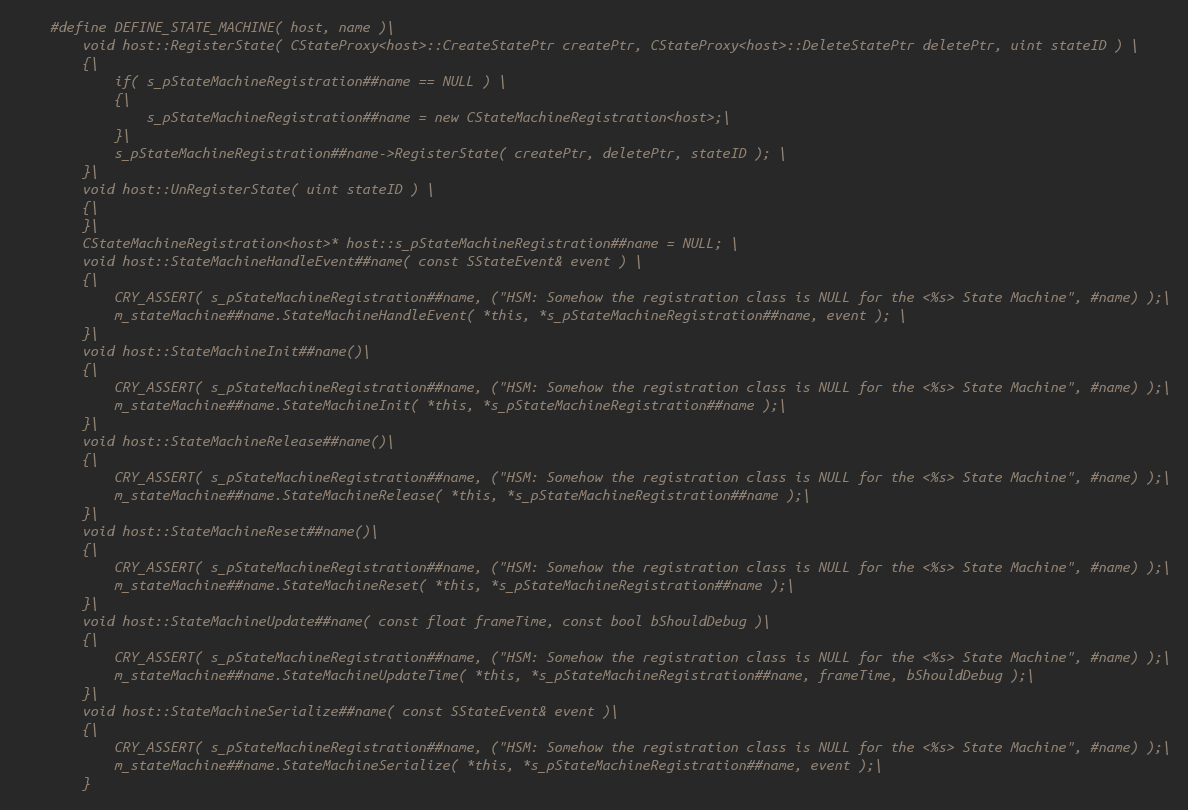
Language: C
	#define DEFINE_STATE_MACHINE( host, name )\
		void host::RegisterState( CStateProxy<host>::CreateStatePtr createPtr, CStateProxy<host>::DeleteStatePtr deletePtr, uint stateID ) \
		{\
			if( s_pStateMachineRegistration##name == NULL ) \
			{\
				s_pStateMachineRegistration##name = new CStateMachineRegistration<host>;\
			}\
			s_pStateMachineRegistration##name->RegisterState( createPtr, deletePtr, stateID ); \
		}\
		void host::UnRegisterState( uint stateID ) \
		{\
		}\
		CStateMachineRegistration<host>* host::s_pStateMachineRegistration##name = NULL; \
		void host::StateMachineHandleEvent##name( const SStateEvent& event ) \
		{\
			CRY_ASSERT( s_pStateMachineRegistration##name, ("HSM: Somehow the registration class is NULL for the <%s> State Machine", #name) );\
			m_stateMachine##name.StateMachineHandleEvent( *this, *s_pStateMachineRegistration##name, event ); \
		}\
		void host::StateMachineInit##name()\
		{\
			CRY_ASSERT( s_pStateMachineRegistration##name, ("HSM: Somehow the registration class is NULL for the <%s> State Machine", #name) );\
			m_stateMachine##name.StateMachineInit( *this, *s_pStateMachineRegistration##name );\
		}\
		void host::StateMachineRelease##name()\
		{\
			CRY_ASSERT( s_pStateMachineRegistration##name, ("HSM: Somehow the registration class is NULL for the <%s> State Machine", #name) );\
			m_stateMachine##name.StateMachineRelease( *this, *s_pStateMachineRegistration##name );\
		}\
		void host::StateMachineReset##name()\
		{\
			CRY_ASSERT( s_pStateMachineRegistration##name, ("HSM: Somehow the registration class is NULL for the <%s> State Machine", #name) );\
			m_stateMachine##name.StateMachineReset( *this, *s_pStateMachineRegistration##name );\
		}\
		void host::StateMachineUpdate##name( const float frameTime, const bool bShouldDebug )\
		{\
			CRY_ASSERT( s_pStateMachineRegistration##name, ("HSM: Somehow the registration class is NULL for the <%s> State Machine", #name) );\
			m_stateMachine##name.StateMachineUpdateTime( *this, *s_pStateMachineRegistration##name, frameTime, bShouldDebug );\
		}\
		void host::StateMachineSerialize##name( const SStateEvent& event )\
		{\
			CRY_ASSERT( s_pStateMachineRegistration##name, ("HSM: Somehow the registration class is NULL for the <%s> State Machine", #name) );\
			m_stateMachine##name.StateMachineSerialize( *this, *s_pStateMachineRegistration##name, event );\
		}